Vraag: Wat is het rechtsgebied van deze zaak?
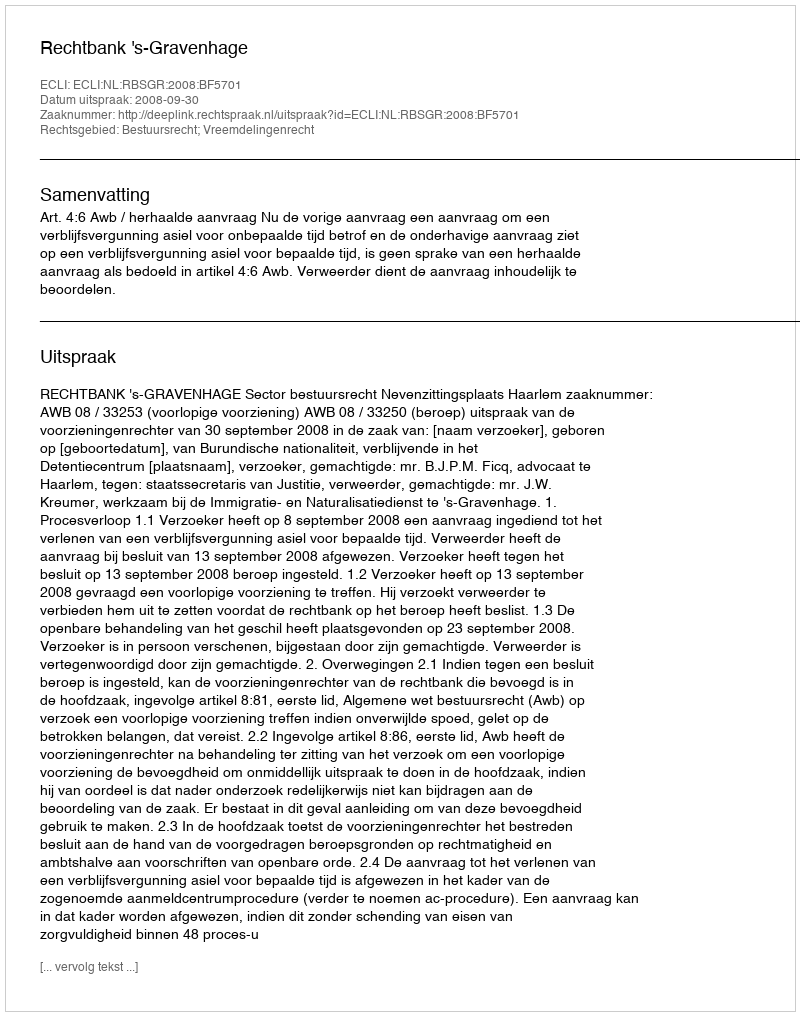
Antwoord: Bestuursrecht; Vreemdelingenrecht